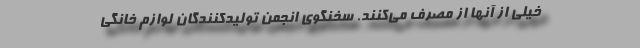
خیلی از آنها از مصرف می‌کنند. سخنگوی انجمن تولیدکنندگان لوازم خانگی